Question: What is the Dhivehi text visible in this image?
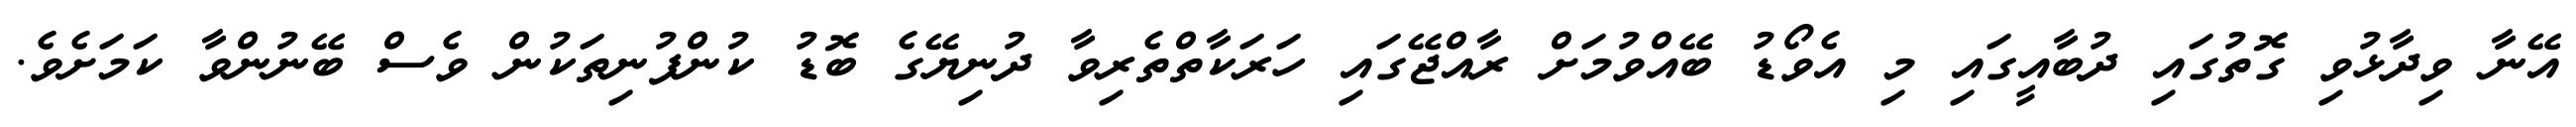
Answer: އޭނާ ވިދާޅުވި ގޮތުގައި ދުބާއީގައި މި އެވޯޑު ބޭއްވުމަށް ރާއްޖޭގައި ހަރަކާތްތެރިވާ ދުނިޔޭގެ ބޮޑު ކުންފުނިތަކުން ވެސް ބޭނުންވާ ކަމަށެވެ.